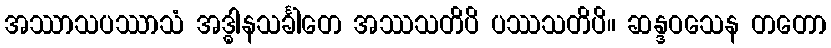
အဿာသပဿာသံ အဒ္ဓါနသင်္ခါတေ အဿသတိပိ ပဿသတိပိ။ ဆန္ဒဝသေန တတော